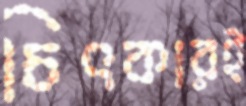
চিৎকারই